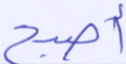
أصبح